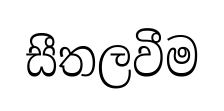
සීතලවීම